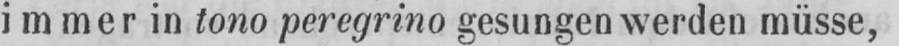
immer in tono peregrino gesungen werden müsse,